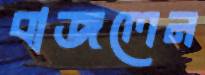
বাজলেন